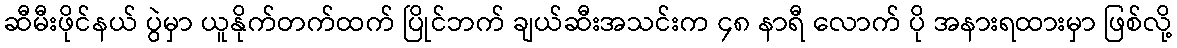
ဆီမီးဖိုင်နယ် ပွဲမှာ ယူနိုက်တက်ထက် ပြိုင်ဘက် ချယ်ဆီးအသင်းက ၄၈ နာရီ လောက် ပို အနားရထားမှာ ဖြစ်လို့